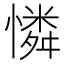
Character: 憐